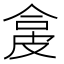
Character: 㿯